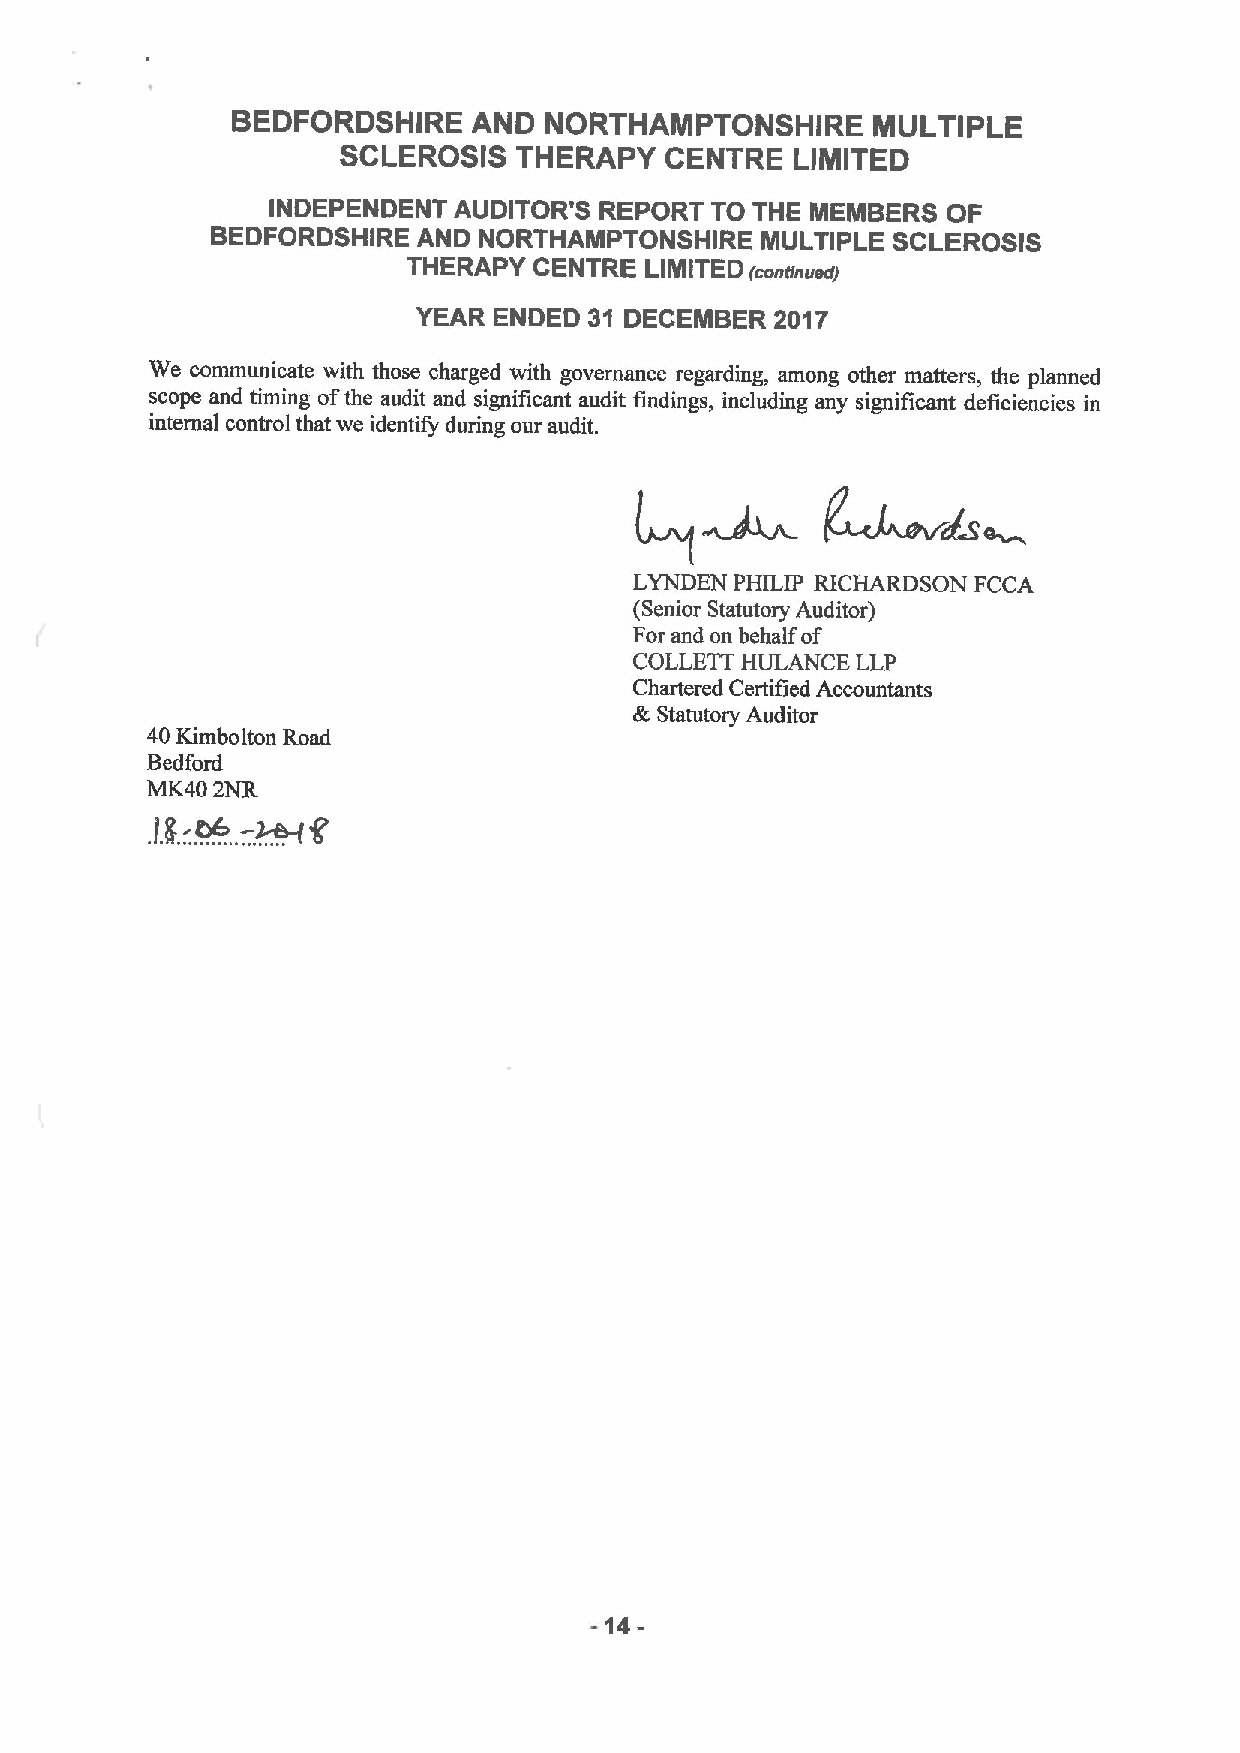
BEDFORDSHIRE    AND  NORTHAMPTONSHIRE      MULTIPLE
 SCLEROSIS   THERAPY   CENTRE   LIMITED
 INDEPENDENT AUDITOR'S REPORT TO THE MEMBERS  OF
 BEDFORDSHIRE  AND NORTHAMPTONSHIRE  MULTIPLE SCLEROSIS
 THERAPY CENTRE  LIMITED
 (continnedJ
 YEAR ENDED 31 DECEMBER 2017
 We communicate with those charged with governance regarding, among other matters, the planned
 scope and timing ofthe audit and significant audit findings, including any significant deficiencies in
 internal control that we identify during our audit.
 LYNDEN PHILIP RICHARDSON FCCA
 (Senior Statutory Auditor)
 For and on behalf of
 COLLETT HULANCE LLP
 Chartered Certified Accountants
 k
 Statutory Auditor
 40Kimbolton Road
 Bedford
 MK40 2NR-~
 f
 -a6
 IIt.
 -14-